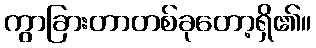
ကွာခြားတာတစ်ခုတော့ရှိ၏။